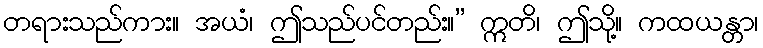
တရားသည်ကား။ အယံ၊ ဤသည်ပင်တည်း။” ဣတိ၊ ဤသို့။ ကထယန္တာ၊